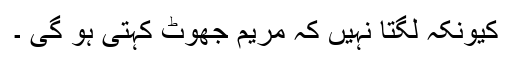
کیونکہ لگتا نہیں کہ مریم جھوٹ کہتی ہو گی ۔